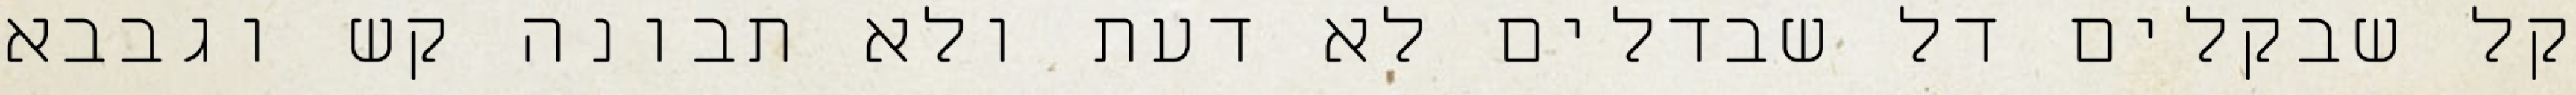
קל שבקלים דל שבדלים לא דעת ולא תבונה קש וגבבא